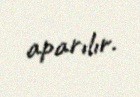
aparılır.